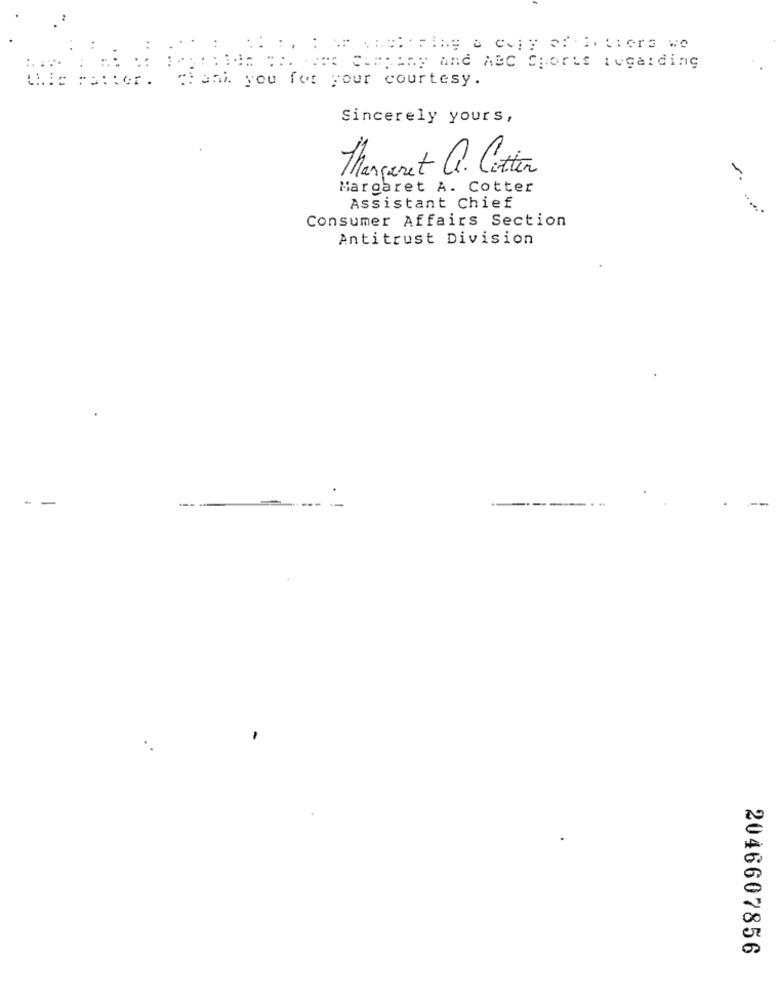
AF THE Ting a copy ofthetvers we
in CHE Company and ABC Sports regarding
thank you for your courtesy.
this matter.
Sincerely yours,
tangeret Q. Cette
-
Margaret A. Cotter
Assistant Chief
Consumer Affairs Section
Antitrust Division
- -
2046607856